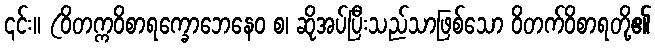
၎င်း။ (ဝိတက္ကဝိစာရက္ခောဘေနေဝ စ၊ ဆိုအပ်ပြီးသည်သာဖြစ်သော ဝိတက်ဝိစာရတို့၏